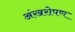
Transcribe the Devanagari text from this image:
अंखरोपण